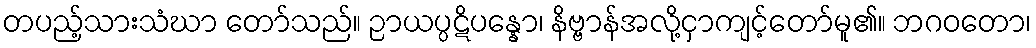
တပည့်သားသံဃာ တော်သည်။ ဉာယပ္ပဋိပန္နော၊ နိဗ္ဗာန်အလို့ငှာကျင့်တော်မူ၏။ ဘဂဝတော၊